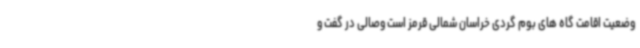
وضعیت اقامت گاه های بوم گردی خراسان شمالی قرمز است وصالی در گفت و